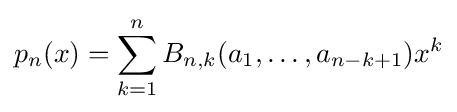
p_{n}(x)=\sum _{k=1}^{n}B_{n,k}(a_{1},\dots ,a_{n-k+1})x^{k}